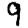
Digit: 9